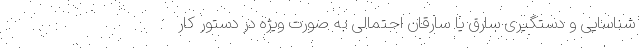
شناسایی و دستگیری سارق یا سارقان احتمالی به صورت ویژه در دستور کار